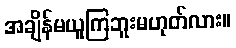
အချိန်မယူကြဘူးမဟုတ်လား။